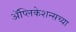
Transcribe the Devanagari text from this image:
ॲप्लिकेशन्सच्या